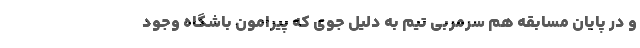
و در پایان مسابقه هم سرمربی تیم به دلیل جوی که پیرامون باشگاه وجود